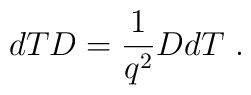
dTD=\frac{1}{q^{2}}DdT~.